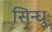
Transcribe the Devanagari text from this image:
सिन्धुः